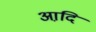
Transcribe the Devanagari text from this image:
आदि़